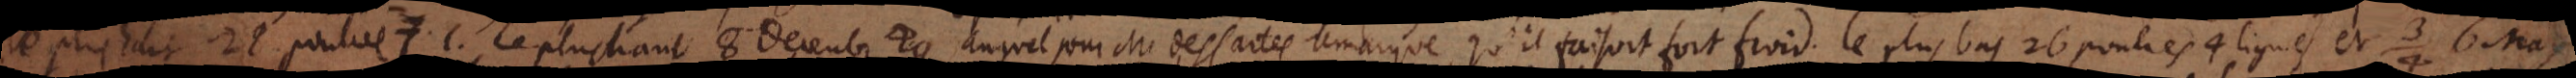
le plus haut 28 poulces 7 l. le plus haut 8 Decembre 49 auquel jour M. des Cartes remarque qu’il faisoit fort froid, le plus bas 26 poulces 4 lignes et 6 May